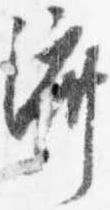
済